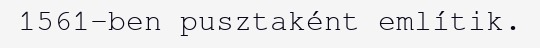
1561-ben pusztaként említik.